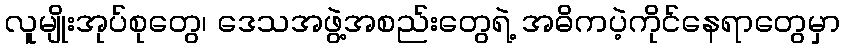
လူမျိုးအုပ်စုတွေ၊ ဒေသအဖွဲ့အစည်းတွေရဲ့ အဓိကပဲ့ကိုင်နေရာတွေမှာ